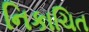
નિકાચિત